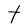
Character: t